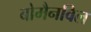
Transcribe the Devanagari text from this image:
बोमैनविल